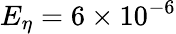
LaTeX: E_{\eta}=6\times 10^{-6}